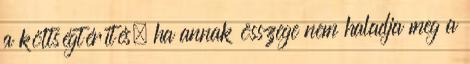
a költségtérítés, ha annak összege nem haladja meg a